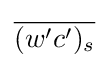
{\overline {(w'c')_{s}}}